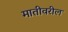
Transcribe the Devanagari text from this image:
मातीवरील